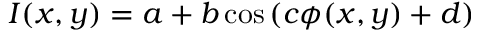
I ( x , y ) = a + b \cos \left( c \phi ( x , y ) + d \right)